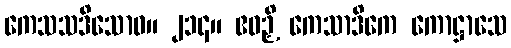
ကေသသဒိသောဝ။ ၂၁၄။ ဧဝဉှိ ကေသာဒိကေ ကောဋ္ဌာသေ